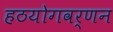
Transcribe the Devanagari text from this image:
हठयोगवर्णन